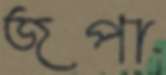
জপা